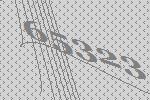
65323